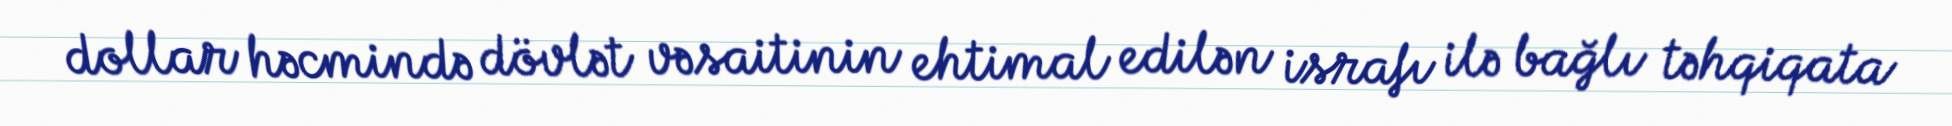
dollar həcmində dövlət vəsaitinin ehtimal edilən israfı ilə bağlı təhqiqata